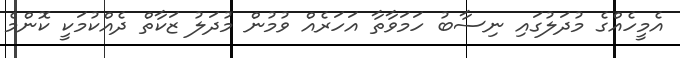
އެމީހެއްގެ މުދަލުގައި ނިސާބު ހަމަވާތާ އަހަރެއް ވުމުން މުދަލު ޒަކާތް ދެއްކުމަކީ ކޮންމެ